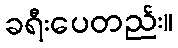
ခရီးပေတည်း။